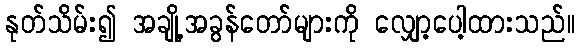
နုတ်သိမ်း၍ အချို့အခွန်တော်များကို လျှော့ပေါ့ထားသည်။